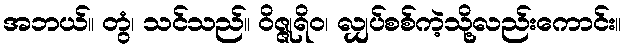
အဘယ်။ တွံ၊ သင်သည်။ ဝိဇ္ဇုရိဝ၊ လျှပ်စစ်ကဲ့သို့လည်းကောင်း။